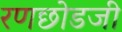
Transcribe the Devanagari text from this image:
रणछोडजी